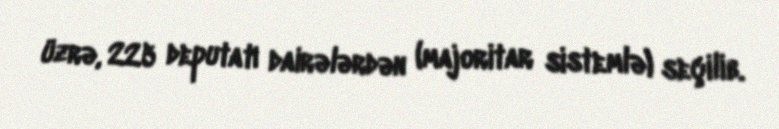
üzrə, 225 deputatı dairələrdən (majoritar sistemlə) seçilib.